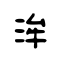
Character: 洠